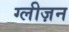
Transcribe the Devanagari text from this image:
ग्लीज़न